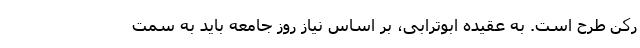
رکن طرح است. به عقیده ابوترابی، بر اساس نیاز روز جامعه باید به سمت